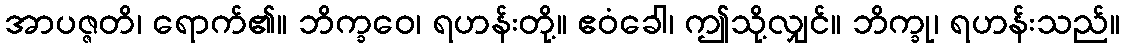
အာပဇ္ဇတိ၊ ရောက်၏။ ဘိက္ခဝေ၊ ရဟန်းတို့။ ဧဝံခေါ၊ ဤသို့လျှင်။ ဘိက္ခု၊ ရဟန်းသည်။